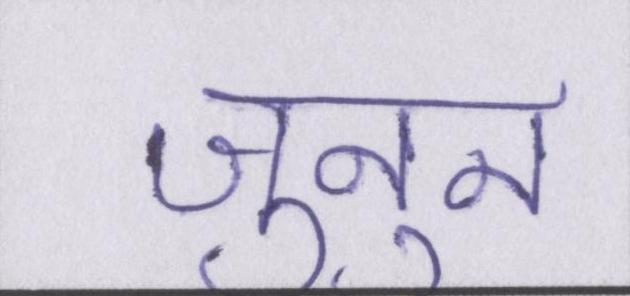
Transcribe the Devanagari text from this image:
जुनून